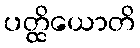
ပတ္ထိယောတိ